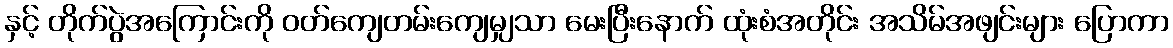
နှင့် တိုက်ပွဲအကြောင်းကို ဝတ်ကျေတမ်းကျေမျှသာ မေးပြီးနောက် ထုံးစံအတိုင်း အသိမ်အဖျင်းများ ပြောကာ